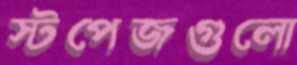
স্টপেজগুলো